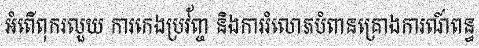
អំពើពុករលួយ ការកេងប្រវ័ញ្ច និងការរំលោភបំពានគ្រោងការណ៍ពន្ធ